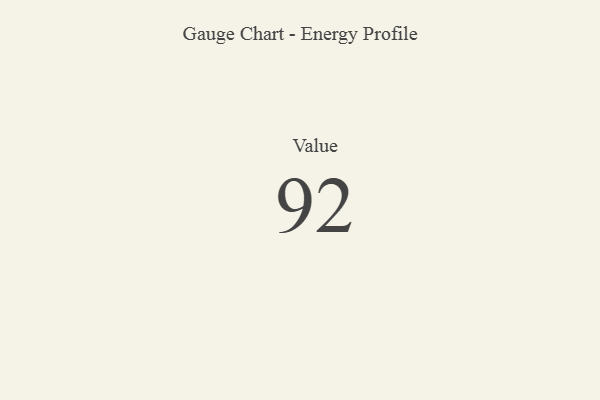
{"axis": {"x": "Metric", "y": "Value"}, "legend": [""], "data": [{"x": "Value", "y": 92, "type": ""}]}